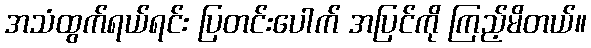
အသံထွက်ရယ်ရင်း ပြတင်းပေါက် အပြင်ကို ကြည့်မိတယ်။